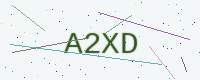
Text: A2XD